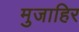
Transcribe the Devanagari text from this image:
मुजाहिर